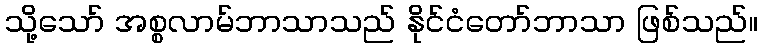
သို့သော် အစ္စလာမ်ဘာသာသည် နိုင်ငံတော်ဘာသာ ဖြစ်သည်။